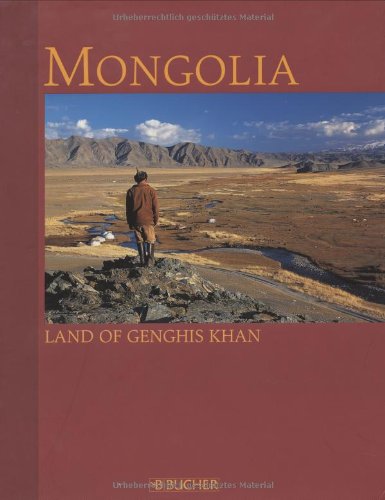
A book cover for Mongolia: Land of Genghis Khan; Travel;